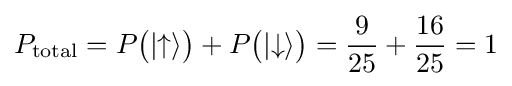
P_{\text{total}}=P{\big (}|{\uparrow }\rangle {\big )}+P{\big (}|{\downarrow }\rangle {\big )}={\frac {9}{25}}+{\frac {16}{25}}=1